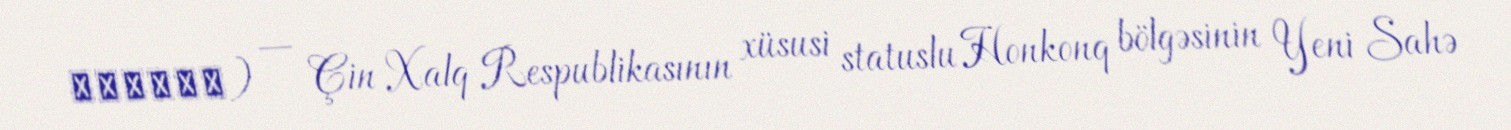
香港科技大學) — Çin Xalq Respublikasının xüsusi statuslu Honkonq bölgəsinin Yeni Sahə